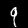
Digit: 9